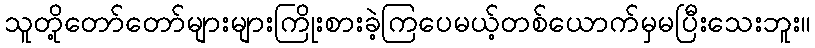
သူတို့တော်တော်များများကြိုးစားခဲ့ကြပေမယ့်တစ်ယောက်မှမပြီးသေးဘူး။